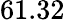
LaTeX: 61.32